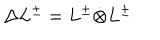
LaTeX: \Delta L ^ { \pm } = L ^ { \pm } \dot { \otimes } L ^ { \pm }